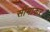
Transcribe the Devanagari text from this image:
सीमाकर